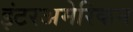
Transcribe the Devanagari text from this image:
इंटरअमेरिकन